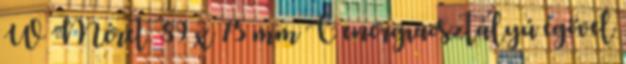
W Méret: 89 x 75 mm C energiaosztályú égővel